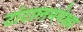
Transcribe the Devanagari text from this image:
टांटालमपेक्षा